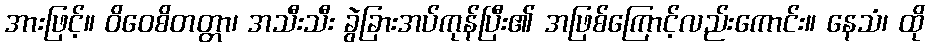
အားဖြင့်။ ဝိဝေစိတတ္တာ၊ အသီးသီး ခွဲခြားအပ်ကုန်ပြီး၏ အဖြစ်ကြောင့်လည်းကောင်း။ နေသံ၊ ထို